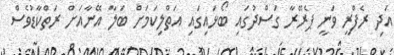
އަދި ރެފްރީ ވަނީ ޕެރޭރާ ގަސްދުގައި ބޯޅައިގައި އަތްލިކަމަށް ބަލާ އޭނާއަށް ރަތްކާޑުވެސް